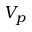
V _ { p }